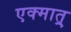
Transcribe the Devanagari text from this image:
एक्मात्र्